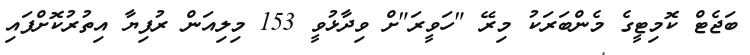
ބަޖެޓް ކޮމިޓީގެ މެންބަރަކު މިރޭ "ހަވީރަ"ށް ވިދާޅުވީ 153 މިލިއަން ރުފިޔާ އިތުރުކޮށްފައި